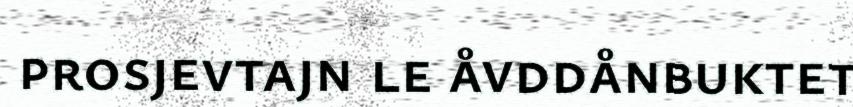
prosjevtajn le åvddånbuktet